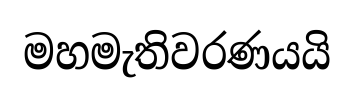
මහමැතිවරණයයි